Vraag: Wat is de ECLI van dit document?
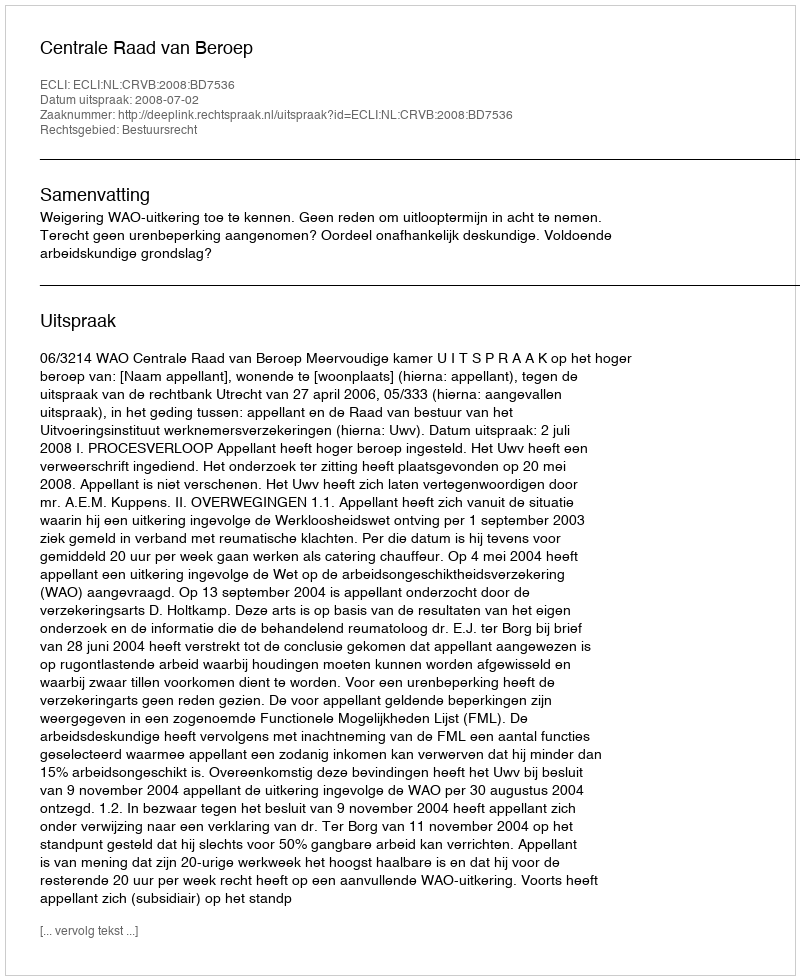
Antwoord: ECLI:NL:CRVB:2008:BD7536